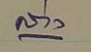
ล่าง